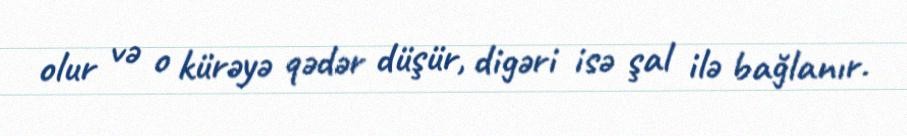
olur və o kürəyə qədər düşür, digəri isə şal ilə bağlanır.